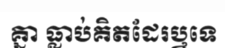
គ្នា ធ្លាប់គិតដែរឬទេ